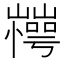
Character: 𰎽